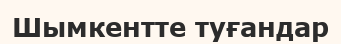
Шымкентте туғандар